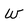
Character: W